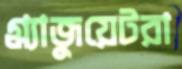
গ্র্যাজুয়েটরা